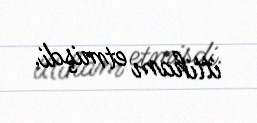
ittiham etmişdi.